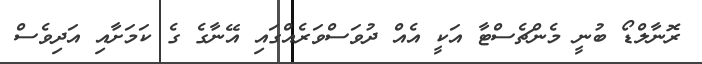
ރޮނާލްޑޯ ބުނީ މެންޗެސްޓާ އަކީ އެއް ދުވަސްވަރެއްގައި އޭނާގެ ގެ ކަމަށާއި އަދިވެސް